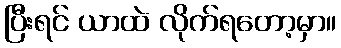
ပြီးရင် ယာထဲ လိုက်ရတော့မှာ။